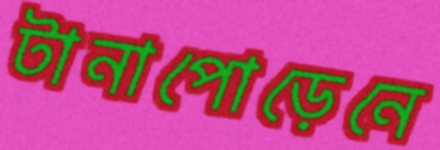
টানাপোড়েনে